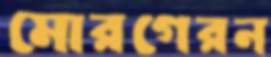
মোরগেরন